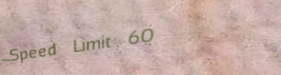
Speed Limit 60